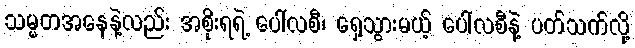
သမ္မတအနေနဲ့လည်း အစိုးရရဲ့ ပေါ်လစီ၊ ရှေ့သွားမယ့် ပေါ်လစီနဲ့ ပတ်သက်လို့